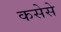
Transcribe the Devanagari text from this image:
कसेसे